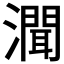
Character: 𤀳